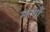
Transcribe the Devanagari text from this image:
मर्त्यो